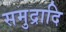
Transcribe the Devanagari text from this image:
समुद्रादि